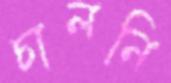
চালনি